Vaccination returns of the Province of Eastern Bengal and Assam - 1905-1912
Year: 1905
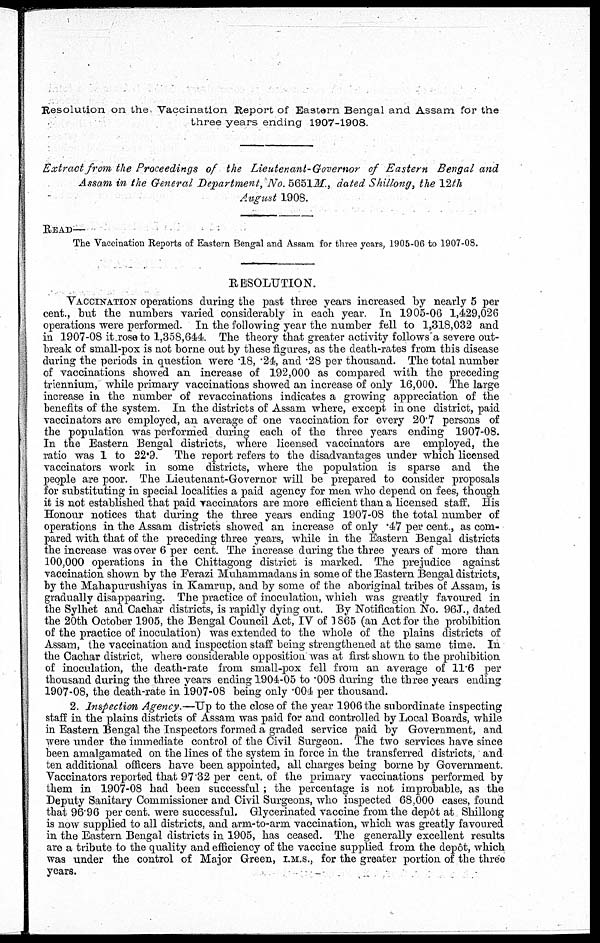
Resolution on the Vaccination Report of Eastern Bengal and Assam for the
three years ending 1907-1908.
Extract from the Proceedings of the Lieutenant-Governor of Eastern Bengal and
Assam in the General Department, No. 5651 M., dated Shillong, the 12th
August 1908.
READ—
The Vaccination Reports of Eastern Bengal and Assam for three years, 1905-06 to 1907-08.
RESOLUTION.
VACCINATION operations during the past three years increased by nearly 5 per
cent., but the numbers varied considerably in each year. In 1905-06 1,429,026
operations were performed. In the following year the number fell to 1,318,032 and
in 1907-08 it rose to 1,358,644. The theory that greater activity follows a severe out-
break of small-pox is not borne out by these figures, as the death-rates from this disease
during the periods in question were .18, .24, and .28 per thousand. The total number
of vaccinations showed an increase of 192,000 as compared with the preceding
triennium, while primary vaccinations showed an increase of only 16,000. The large
increase in the number of revaccinations indicates a growing appreciation of the
benefits of the system. In the districts of Assam where, except in one district, paid
vaccinators are employed, an average of one vaccination for every 20.7 persons of
the population was performed during each of the three years ending 1907-08.
In the Eastern Bengal districts, where licensed vaccinators are employed, the
ratio was 1 to 22.9. The report refers to the disadvantages under which licensed
vaccinators work in some districts, where the population is sparse and the
people are poor. The Lieutenant-Governor will be prepared to consider proposals
for substituting in special localities a paid agency for men who depend on fees, though
it is not established that paid vaccinators are more efficient than a licensed staff. His
Honour notices that during the three years ending 1907-08 the total number of
operations in the Assam districts showed an increase of only .47 per cent, as com-
pared with that of the preceding three years, while in the Eastern Bengal districts
the increase was over 6 per cent. The increase during the three years of more than
100,000 operations in the Chittagong district is marked. The prejudice against
vaccination shown by the Ferazi Muhammadans in some of the Eastern Bengal districts,
by the Mahapurushiyas in Kamrup, and by some of the aboriginal tribes of Assam, is
gradually disappearing. The practice of inoculation, which was greatly favoured in
the Sylhet and Cachar districts, is rapidly dying out. By Notification No. 96J., dated
the 20th October 1905, the Bengal Council Act, IV of 1865 (an Act for the prohibition
of the practice of inoculation) was extended to the whole of the plains districts of
Assam, the vaccination and inspection staff being strengthened at the same time. In
the Cachar district, where considerable opposition was at first shown to the prohibition
of inoculation, the death-rate from small-pox fell from an average of 11.6 per
thousand during the three years ending 1904-05 to .008 during the three years ending
1907-08, the death-rate in 1907-08 being only .004 per thousand.
2. Inspection Agency.—Up to the close of the year 1906 the subordinate inspecting
staff in the plains districts of Assam was paid for and controlled by Local Boards, while
in Eastern Bengal the Inspectors formed a graded service paid by Government, and
were under the immediate control of the Civil Surgeon. The two services have since
been amalgamated on the lines of the system in force in the transferred districts, and
ten additional officers have been appointed, all charges being borne by Government.
Vaccinators reported that 97.32 per cent. of the primary vaccinations performed by
them in 1907-08 had been successful; the percentage is not improbable, as the
Deputy Sanitary Commissioner and Civil Surgeons, who inspected 68,000 cases, found
that 96.96 per cent. were successful. Glycerinated vaccine from the depôt at Shillong
is now supplied to all districts, and arm-to-arm vaccination, which was greatly favoured
in the Eastern Bengal districts in 1905, has ceased. The generally excellent results
are a tribute to the quality and efficiency of the vaccine supplied from the depôt, which
was under the control of Major Green, I.M.S., for the greater portion of the three
years.